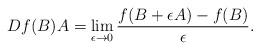
LaTeX: \begin{align*}Df(B)A=\lim_{\epsilon \to 0}{\frac{f(B+\epsilon A)-f(B)}{\epsilon}}.\end{align*}